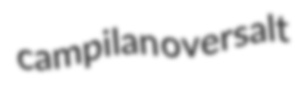
campilan oversalt